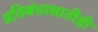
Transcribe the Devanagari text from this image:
प्रतिबंधासाठीही